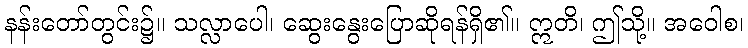
နန်းတော်တွင်း၌။ သလ္လာပေါ၊ ဆွေးနွေးပြောဆိုရန်ရှိ၏။ ဣတိ၊ ဤသို့။ အဝေါစ၊